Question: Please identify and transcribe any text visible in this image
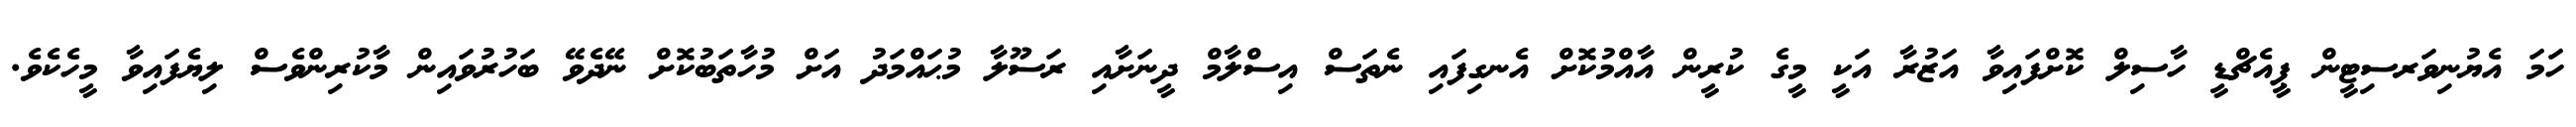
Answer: ހަމަ އެޔުނިވަރސިޓީން ޕީއެޗްޑީ ހާސިލް ކޮށްފައިވާ އަޒުރާ އަކީ މީގެ ކުރީން އާއްމުކޮށް އެނގިފައި ނެތަސް އިސްލާމް ދީނަށާއި ރަސޫލާ މުޙައްމަދު އަށް މުހާތަބުކޮށް ނޭދެވޭ ބަހުރުވައިން މާކުރިންވެސް ލިޔެފައިވާ މީހެކެވެ.